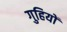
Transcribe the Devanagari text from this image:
गुहियों